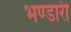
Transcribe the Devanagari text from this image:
भण्‍डारी